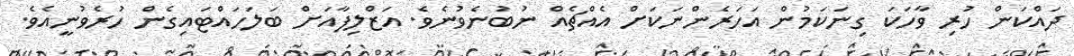
ދައްކަން ހުރި ވާހަކަ ގިނަކަމުން އަހަރެންނަކަށް އެއްޗެއް ނުބުނެވުނެވެ. އަޒްލިފާއަށް ބަލަހައްޓައިގެން ހުރެވުނީއެވެ.